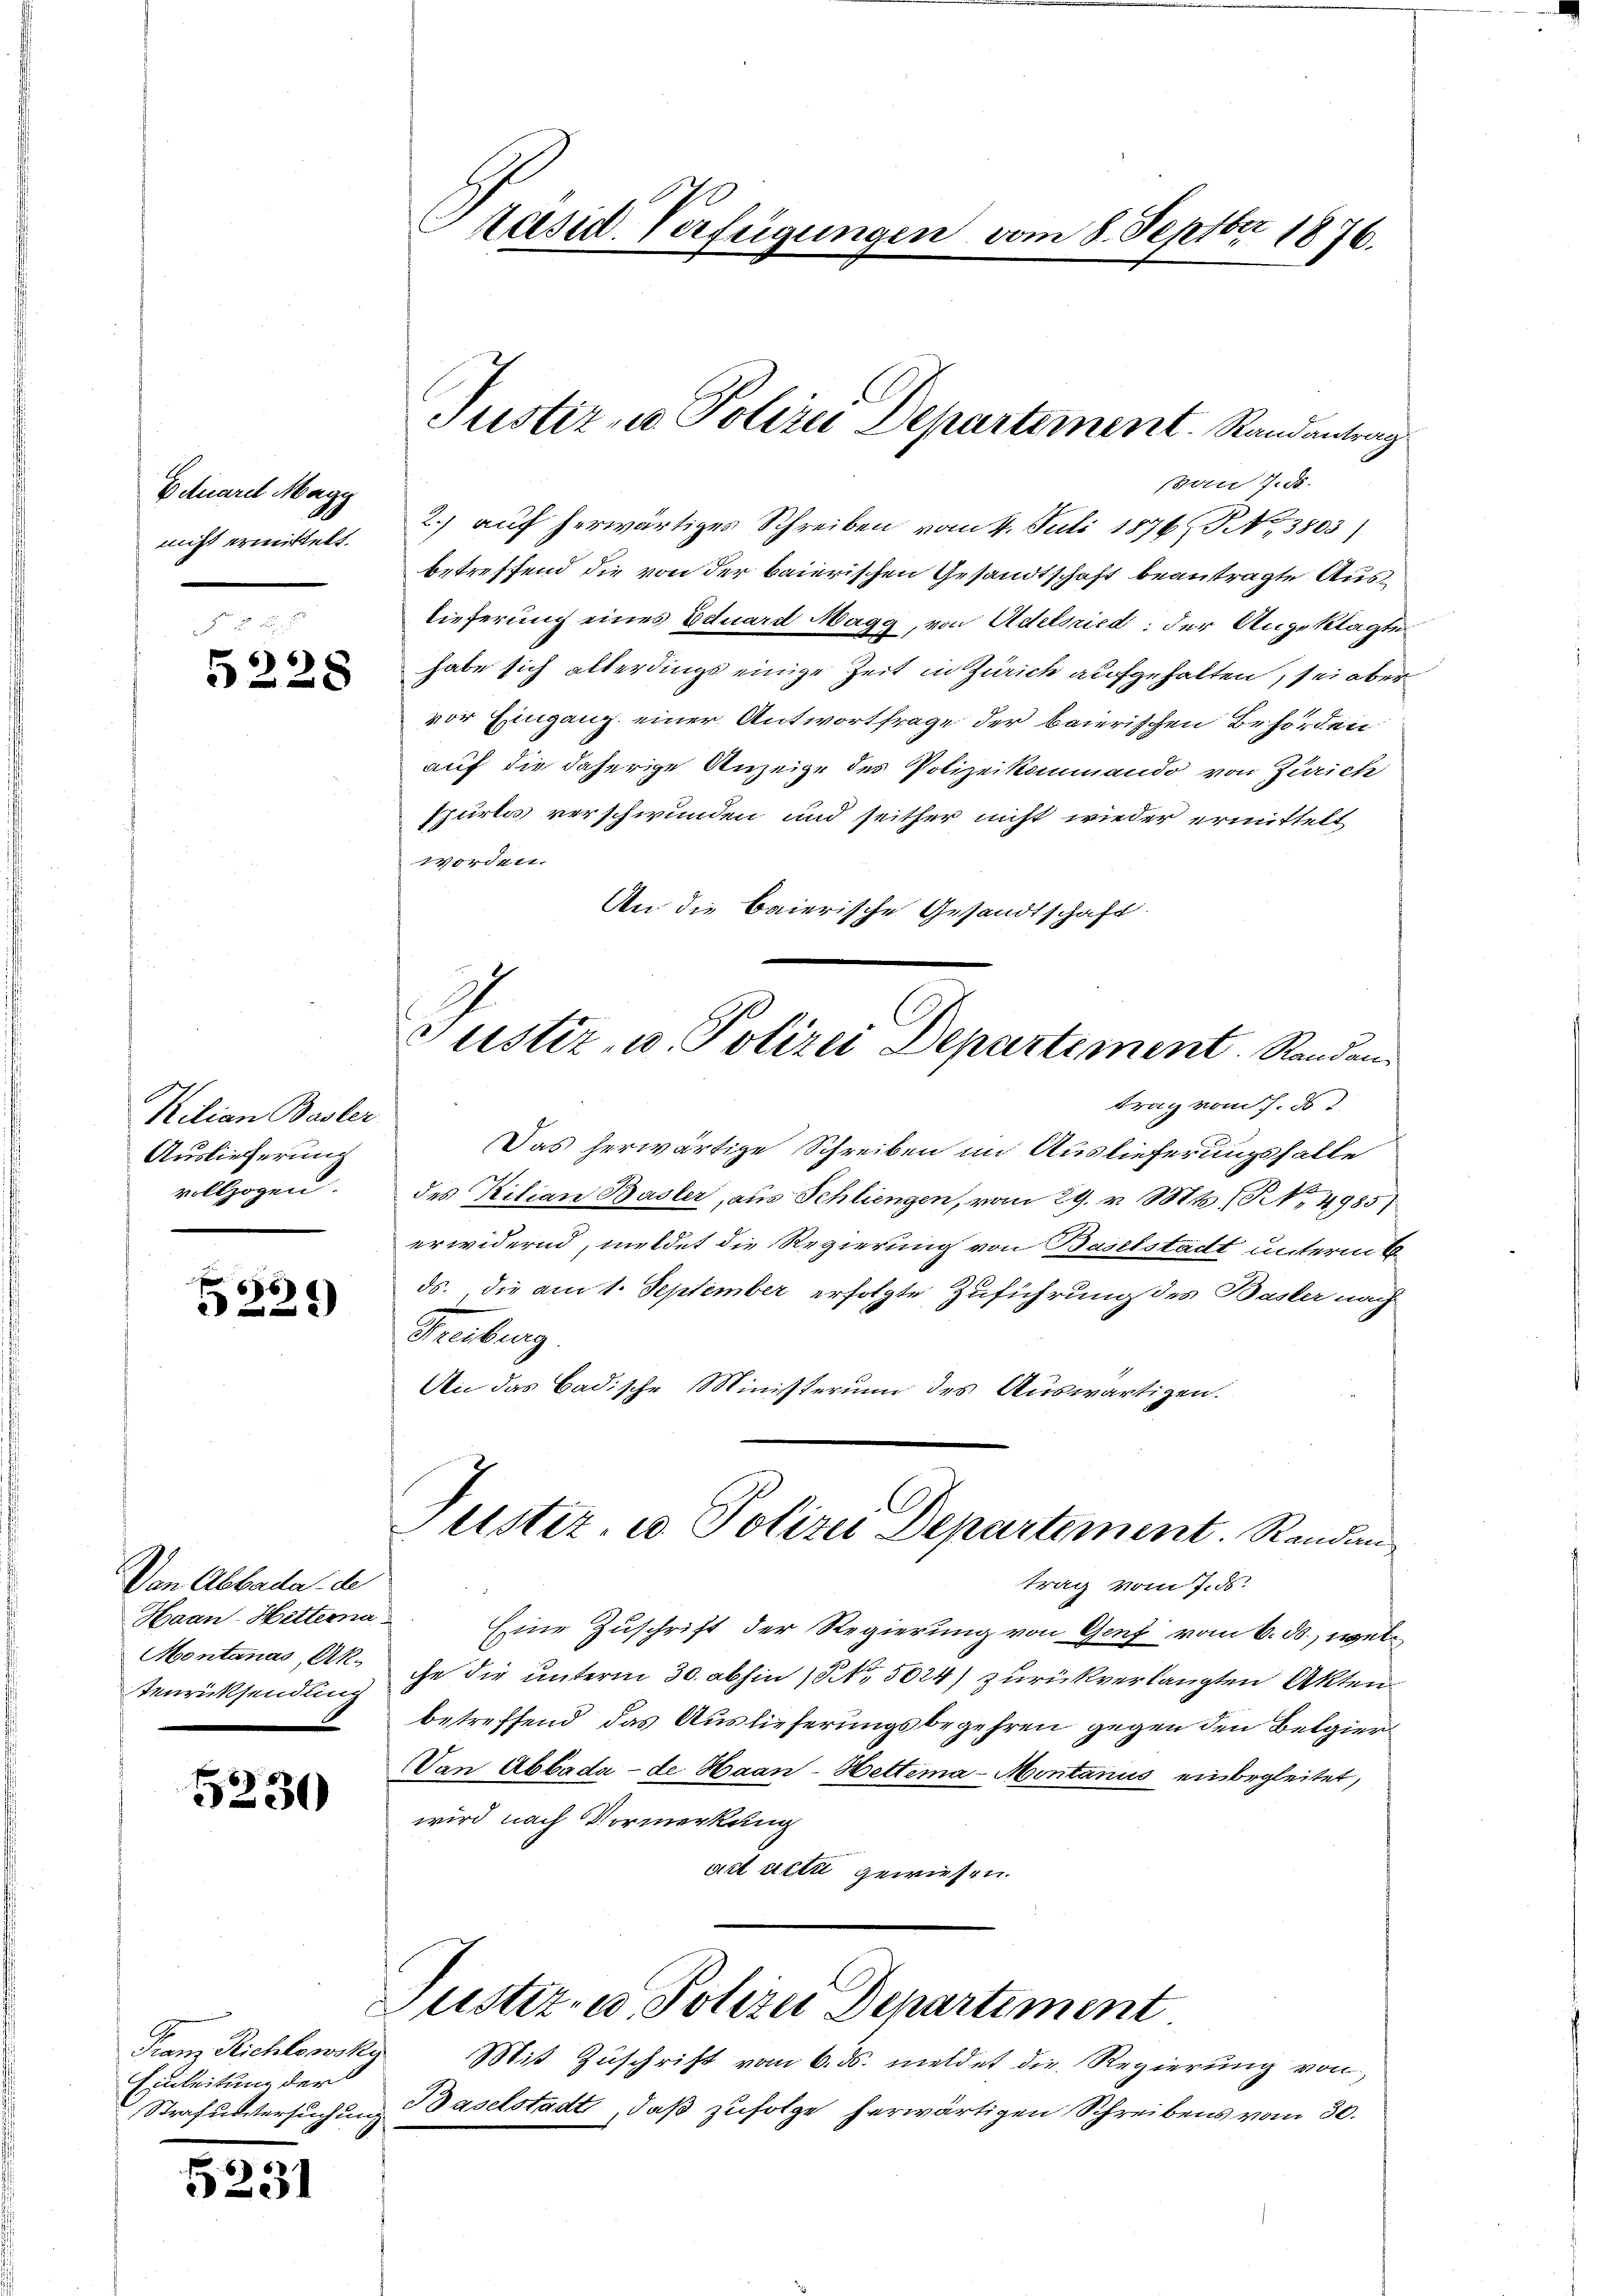
Eduard Magy
nicht ermittelt.

5228

Kilian Basler.
Auslieferung
vollzogen.

6
221)

Den Abbade de
Haan-Hitterna
Montanas, Ak
tenrücksendung

5230

c
Franz Richtowska
Einleitung der
Strafuntersuchung

5231

Lasu. Verfügungen vom 8. Septbr 1876.

Justiz- u. Polizei Departement. Randantrag

ppau 7. d.
2.) auf herwärtiges Schreiben vom 4. Juli 1876, No 3803)
betreffend die von der baierischen Gesandtschaft beantragte Auslieferung eines Eduard Magg, von Adelsried der Angeklagt
habe sich allerdings einige Zeit in Zürich aufgehalten, sei abe
vor Eingang einer Antwortfrage der baierischen Behörden
auf die daherige Anzeige des Polizeikommando von Zürich
spurlos verschwunden und seither nicht wieder ermittelt
worden.
An die baierische Gesandtschaft.
trag vom 7. d.
Das herwärtige Schreiben im Auslieferungsfalle
des Ritian Basler, aus Schliengen, vom 29. v. Mts. No. 4985)
erwidernd, meldet die Regierung von Baselstadt unterm
ds. die am 1. September erfolgte Zuführung des Basler nach
Treiburg.
An das Badische Ministerium des Auswärtigen.
Puster, u. Polizei Departement. Randan
trag vom 7. ds.
Eine Zuschrift der Regierung von Genf vom 6. ds., welche die unterm 30. abhin 15 No 5024) zurückverlangten Akten
betreffend das Auslieferungsbegehren gegen den Belgier
Van Abbada - de Haan-Hettema-Montanus einbegleitet,
wird nach Vormerkung
act artie gewiesen.
ustiz- u. Polizei Departiment
Mit Zuschrift vom 6. ds. meldet die Regierung von
Baselstadt, daß zufolge herwärtigen Schreibens vom 30.

Justiz, u. Polizei Departement. Standen